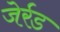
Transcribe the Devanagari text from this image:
जेर्रड